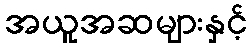
အယူအဆများနှင့်